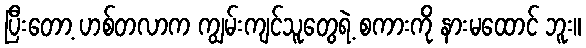
ပြီးတော့ ဟစ်တလာက ကျွမ်းကျင်သူတွေရဲ့ စကားကို နားမထောင် ဘူး။